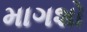
માગશો